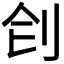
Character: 𠛛